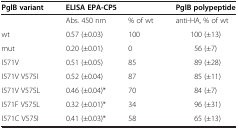
| PglB variant | <COLSPAN=2> ELISA EPA-CP5 | PglB polypeptide |
 | --- | --- | --- | --- |
 |  | Abs. 450 nm | % of wt | anti-HA, % of wt |
 | wt | 0.57 (±0.03) | 100 | 100 (±13) |
 | mut | 0.20 (±0.01) | 0 | 56 (±7) |
 | I571V | 0.51 (±0.05) | 85 | 89 (±28) |
 | I571V V575I | 0.52 (±0.04) | 87 | 85 (±11) |
 | I571V V575L | 0.46 (±0.04)* | 70 | 84 (±7) |
 | I571F V575L | 0.32 (±0.01)* | 34 | 96 (±31) |
 | I571C V575I | 0.41 (±0.03)* | 58 | 65 (±13) |